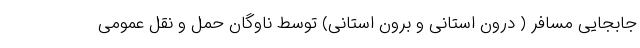
جابجایی مسافر ( درون استانی و برون استانی) توسط ناوگان حمل و نقل عمومی